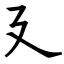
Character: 廴